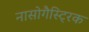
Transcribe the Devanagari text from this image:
नासोगैस्ट्रिक